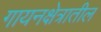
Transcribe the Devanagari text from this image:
गायनक्षेत्रातील